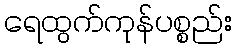
ရေထွက်ကုန်ပစ္စည်း